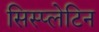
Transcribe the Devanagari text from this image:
सिस्प्लेटिन